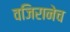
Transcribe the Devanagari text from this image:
वजिरानेच